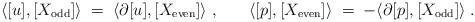
LaTeX: \begin{align*} &\langle [u], [X_\mathrm{odd}] \rangle \;=\; \langle \partial[u], [X_{\mathrm{even}}] \rangle\;, &&\langle [p],[X_\mathrm{even}] \rangle \;=\; - \langle \partial [p], [X_\mathrm{odd}] \rangle\;.\end{align*}